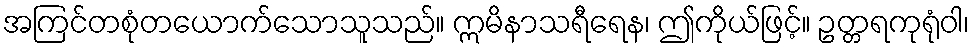
အကြင်တစုံတယောက်သောသူသည်။ ဣမိနာသရီရေန၊ ဤကိုယ်ဖြင့်။ ဥတ္တရကုရုံဝါ၊